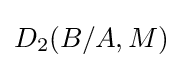
{\textstyle D_{2}(B/A,M)}